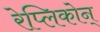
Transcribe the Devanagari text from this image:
रेप्लिकोन्